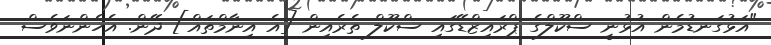
"އަޅުގަނޑުމެން އުޅުނީ ސްކޫލްގެ ޕްރައިޒްޑޭގައި ސްކޫލް ތެރެއިން [އެ އިނާމްތައް] ދޭން. އެހެންނަވެސް